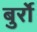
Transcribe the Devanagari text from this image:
बुर्रो